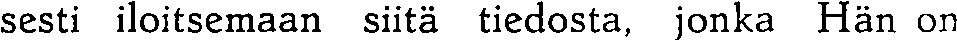
sesti iloitsemaan siitä tiedosta, jonka Hän on